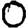
Digit: 0